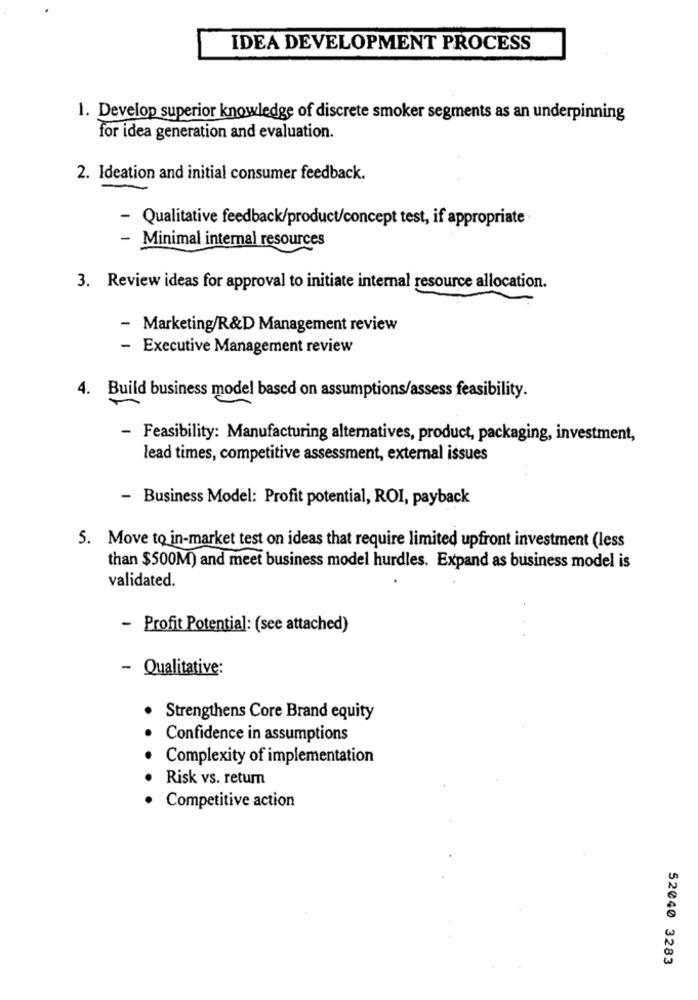
IDEA DEVELOPMENT PROCESS
1. Develop superior knowledge of discrete smoker segments as an underpinning
for idea generation and evaluation.
2. Ideation and initial consumer feedback.
- Qualitative feedback/product/concept test, if appropriate
- Minimal internal resources
3. Review ideas for approval to initiate internal resource allocation.
- Marketing/R&D Management review
- Executive Management review
4. Build business model based on assumptions/assess feasibility.
- Feasibility: Manufacturing alternatives, product, packaging, investment,
lead times, competitive assessment, external issues
Business Model: Profit potential, ROI, payback
5. Move to in-market test on ideas that require limited upfront investment (less
than $500M) and meet business model hurdles. Expand as business model is
validated.
- Profit Potential: (see attached)
- Qualitative:
Strengthens Core Brand equity
Confidence in assumptions
Complexity of implementation
Risk vs. return
Competitive action
52040 3283